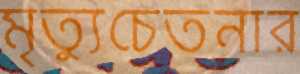
মৃত্যুচেতনার